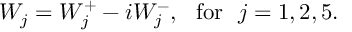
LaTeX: W _ { j } = W _ { j } ^ { + } - i W _ { j } ^ { - } , ~ ~ \mathrm { f o r } ~ ~ j = 1 , 2 , 5 .